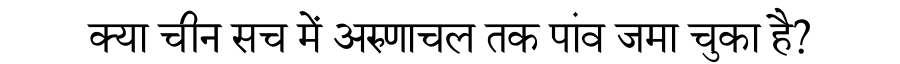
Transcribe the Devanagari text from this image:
क्या चीन सच में अरुणाचल तक पांव जमा चुका है?